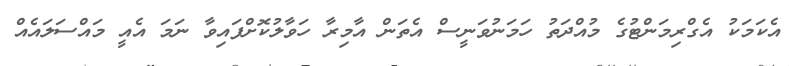
އެކަމަކު އެގްރިމަންޓުގެ މުއްދަތު ހަމަނުވަނީސް އެތަން އާމިރާ ހަވާލުކޮށްފައިވާ ނަމަ އެއީ މައްސަލައެއް